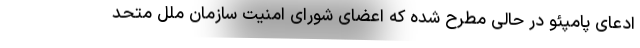
ادعای پامپئو در حالی مطرح شده که اعضای شورای امنیت سازمان ملل متحد